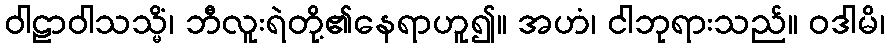
ဝါဠာဝါသသ္မိံ၊ ဘီလူးရဲတို့၏နေရာဟူ၍။ အဟံ၊ ငါဘုရားသည်။ ဝဒါမိ၊